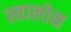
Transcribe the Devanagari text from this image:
स्वालोस